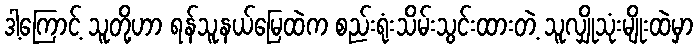
ဒါ့ကြောင့် သူတို့ဟာ ရန်သူ့နယ်မြေထဲက စည်းရုံးသိမ်းသွင်းထားတဲ့ သူလျှိုသုံးမျိုးထဲမှာ